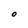
Character: O